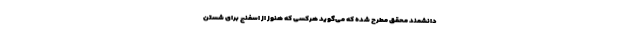
دانشمند محقق مطرح شده که می‌گوید هرکسی که هنوز از اسفنج برای شستن